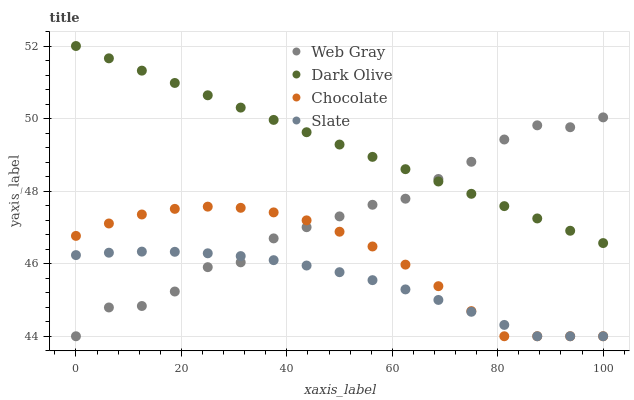
| xaxis_label | Web Gray | Dark Olive | Chocolate | Slate |
 | --- | --- | --- | --- | --- |
 | 0 | 44 | 52 | 46.8 | 46.2 |
 | 6.25 | 44.8 | 51.7 | 47.1 | 46.3 |
 | 12.5 | 44.8 | 51.3 | 47.4 | 46.3 |
 | 18.8 | 45.2 | 51 | 47.5 | 46.3 |
 | 25 | 45.9 | 50.6 | 47.6 | 46.3 |
 | 31.2 | 46 | 50.3 | 47.5 | 46.2 |
 | 37.5 | 46.7 | 50 | 47.4 | 46.1 |
 | 43.8 | 47 | 49.6 | 47.2 | 45.9 |
 | 50 | 47.3 | 49.3 | 46.9 | 45.8 |
 | 56.2 | 47.6 | 48.9 | 46.5 | 45.5 |
 | 62.5 | 47.8 | 48.6 | 46 | 45.3 |
 | 68.8 | 48.3 | 48.3 | 45.4 | 45 |
 | 75 | 48.8 | 47.9 | 44.7 | 44.7 |
 | 81.2 | 49.4 | 47.6 | 44 | 44.3 |
 | 87.5 | 49.8 | 47.2 | 44 | 44 |
 | 93.8 | 49.8 | 46.9 | 44 | 44 |
 | 100 | 50 | 46.6 | 44 | 44 |